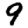
Digit: 9